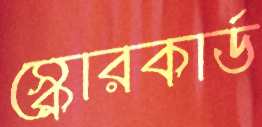
স্কোরকার্ড